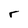
Character: r